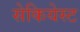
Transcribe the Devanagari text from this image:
सेकियेस्ट